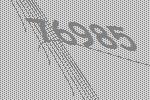
76985